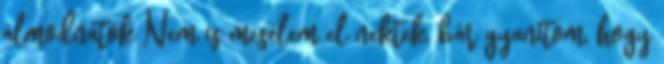
álmodnátok Nem is mesélem el nektek, bár gyanítom, hogy